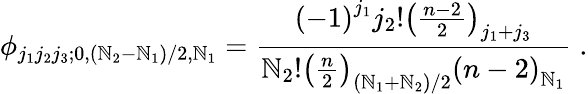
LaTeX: \phi_{j_{1}j_{2}j_{3};0,(\mathbb{N}_{2}-\mathbb{N}_{1})/2,\mathbb{N}_{1}}=\frac{{{(-1)}^{j_{1}}j_{2}!{\left(\frac{{n-2}}{{2}}\right)}_{j_{1}+j_{3}}}}{{\mathbb{N}_{2}!{\left(\frac{{n}}{{2}}\right)}_{(\mathbb{N}_{1}+\mathbb{N}_{2})/2}{(n-2)}_{\mathbb{N}_{1}}}}\; .